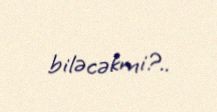
biləcəkmi?..